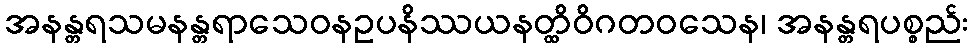
အနန္တရသမနန္တရာသေဝနဥပနိဿယနတ္ထိဝိဂတဝသေန၊ အနန္တရပစ္စည်း